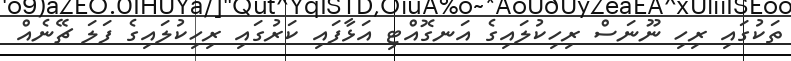
ތަކުގައި ރިހި ނޫނަސް ރިހިކުލައިގެ އަނގޮއްޓި އަޅާފައި ކަރުގައި ރިހިކުލައިގެ ފަލަ ޗޭނެއް